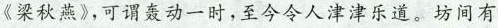
《梁秋燕》可谓轰动一时，至今今人津津乐道。坊间有